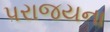
પરાજયના